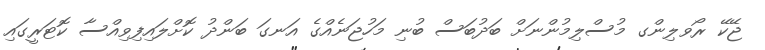
ޖޭކޭ ރޯވލިންގ މުސްލިމުންނަށް ބަދުބަސް ބުނި މަހުޖަނެއްގެ އަނގަ ބަންދު ކޮށްލައިފިވިއްސާ ކޮޓަރީގައި